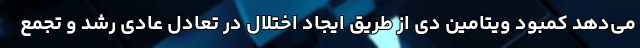
می‌دهد کمبود ویتامین دی از طریق ایجاد اختلال در تعادل عادی رشد و تجمع